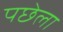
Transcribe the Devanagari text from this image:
पछेला